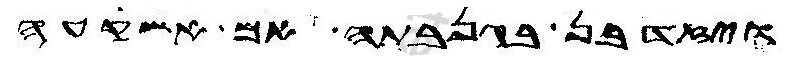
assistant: ויזדבן בגנבתה אם אשקעה